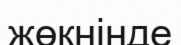
жөқнінде